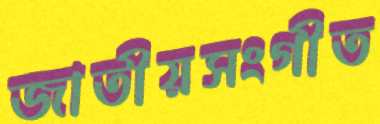
জাতীয়সংগীত